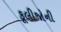
કૂલીજોની